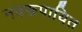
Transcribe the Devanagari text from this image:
नवरूपायित